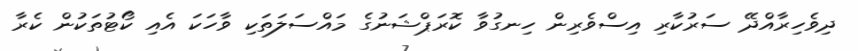
ދިވެހިރާއްދޭ ސަރުކާރި އިސްވެރިން ހިނގުވާ ކޮރަޕްޝަނުގެ މައްސަލަތަކި ވާހަކަ އެއި ކޯޓުތަކުން ކެރާ